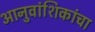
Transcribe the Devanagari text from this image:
आनुवांशिकांचा